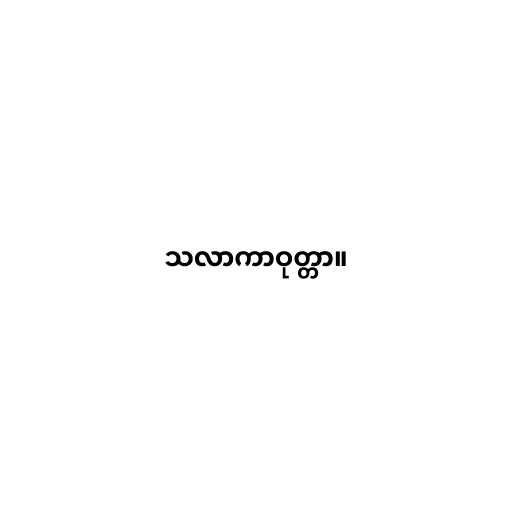
သလာကာဝုတ္တာ။